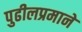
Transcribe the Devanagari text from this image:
पुढीलप्रमाने